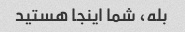
بله، شما اینجا هستید